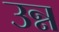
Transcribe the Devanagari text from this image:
उन्न